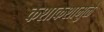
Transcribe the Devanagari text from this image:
कशाकशामुळे